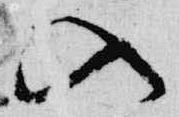
入